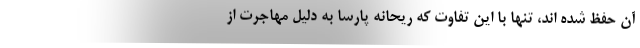
آن حفظ شده اند، تنها با این تفاوت که ریحانه پارسا به دلیل مهاجرت از